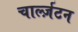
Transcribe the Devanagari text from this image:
चार्ल्ज़टन